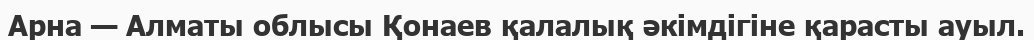
Арна — Алматы облысы Қонаев қалалық әкімдігіне қарасты ауыл.